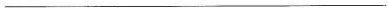
___